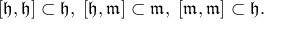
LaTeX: [ { \mathfrak { h } } , { \mathfrak { h } } ] \subset { \mathfrak { h } } , \; [ { \mathfrak { h } } , { \mathfrak { m } } ] \subset { \mathfrak { m } } , \; [ { \mathfrak { m } } , { \mathfrak { m } } ] \subset { \mathfrak { h } } .